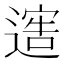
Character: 𨖄